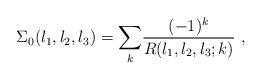
LaTeX: \begin{align*}\Sigma_{0}(l_{1},l_{2},l_{3})=\displaystyle{\sum_{k}}\frac{(-1)^{k}}{R(l_{1},l_{2},l_{3};k)}\ , \end{align*}